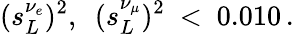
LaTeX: (s_{L}^{\nu_{e}})^{2},\ \ (s_{L}^{\nu_{\mu}})^{2}\ <\ 0.010\, .